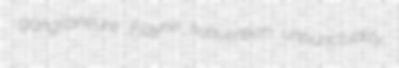
ganglioneure Elayne subvention unpunctuality